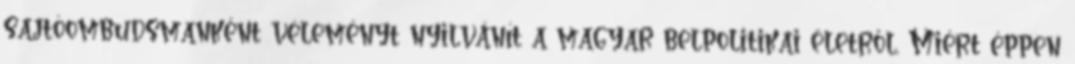
sajtóombudsmanként véleményt nyilvánít a magyar belpolitikai életről. Miért éppen